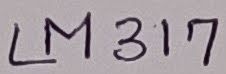
Text: LM317